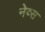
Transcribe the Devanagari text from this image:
नेव्स